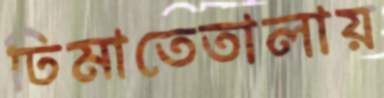
ঢিমাতেতালায়